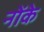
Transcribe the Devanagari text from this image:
नोंके